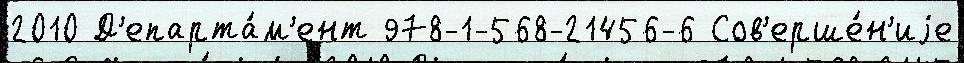
2010 Д'епарта́м'ент 978-1-568-21456-6 Сов'ерше́н'иjе